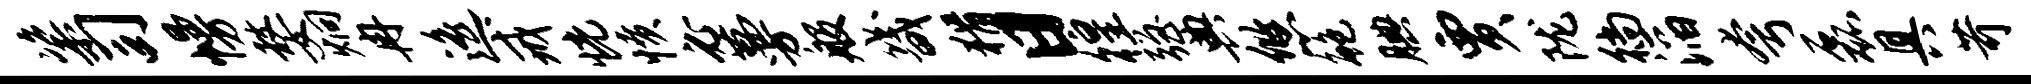
粢司幔嫠炯冉遥戒恍愤必蔓般畿猾日徨强典悠鲍腆贾陇徜滔夸磊具苛